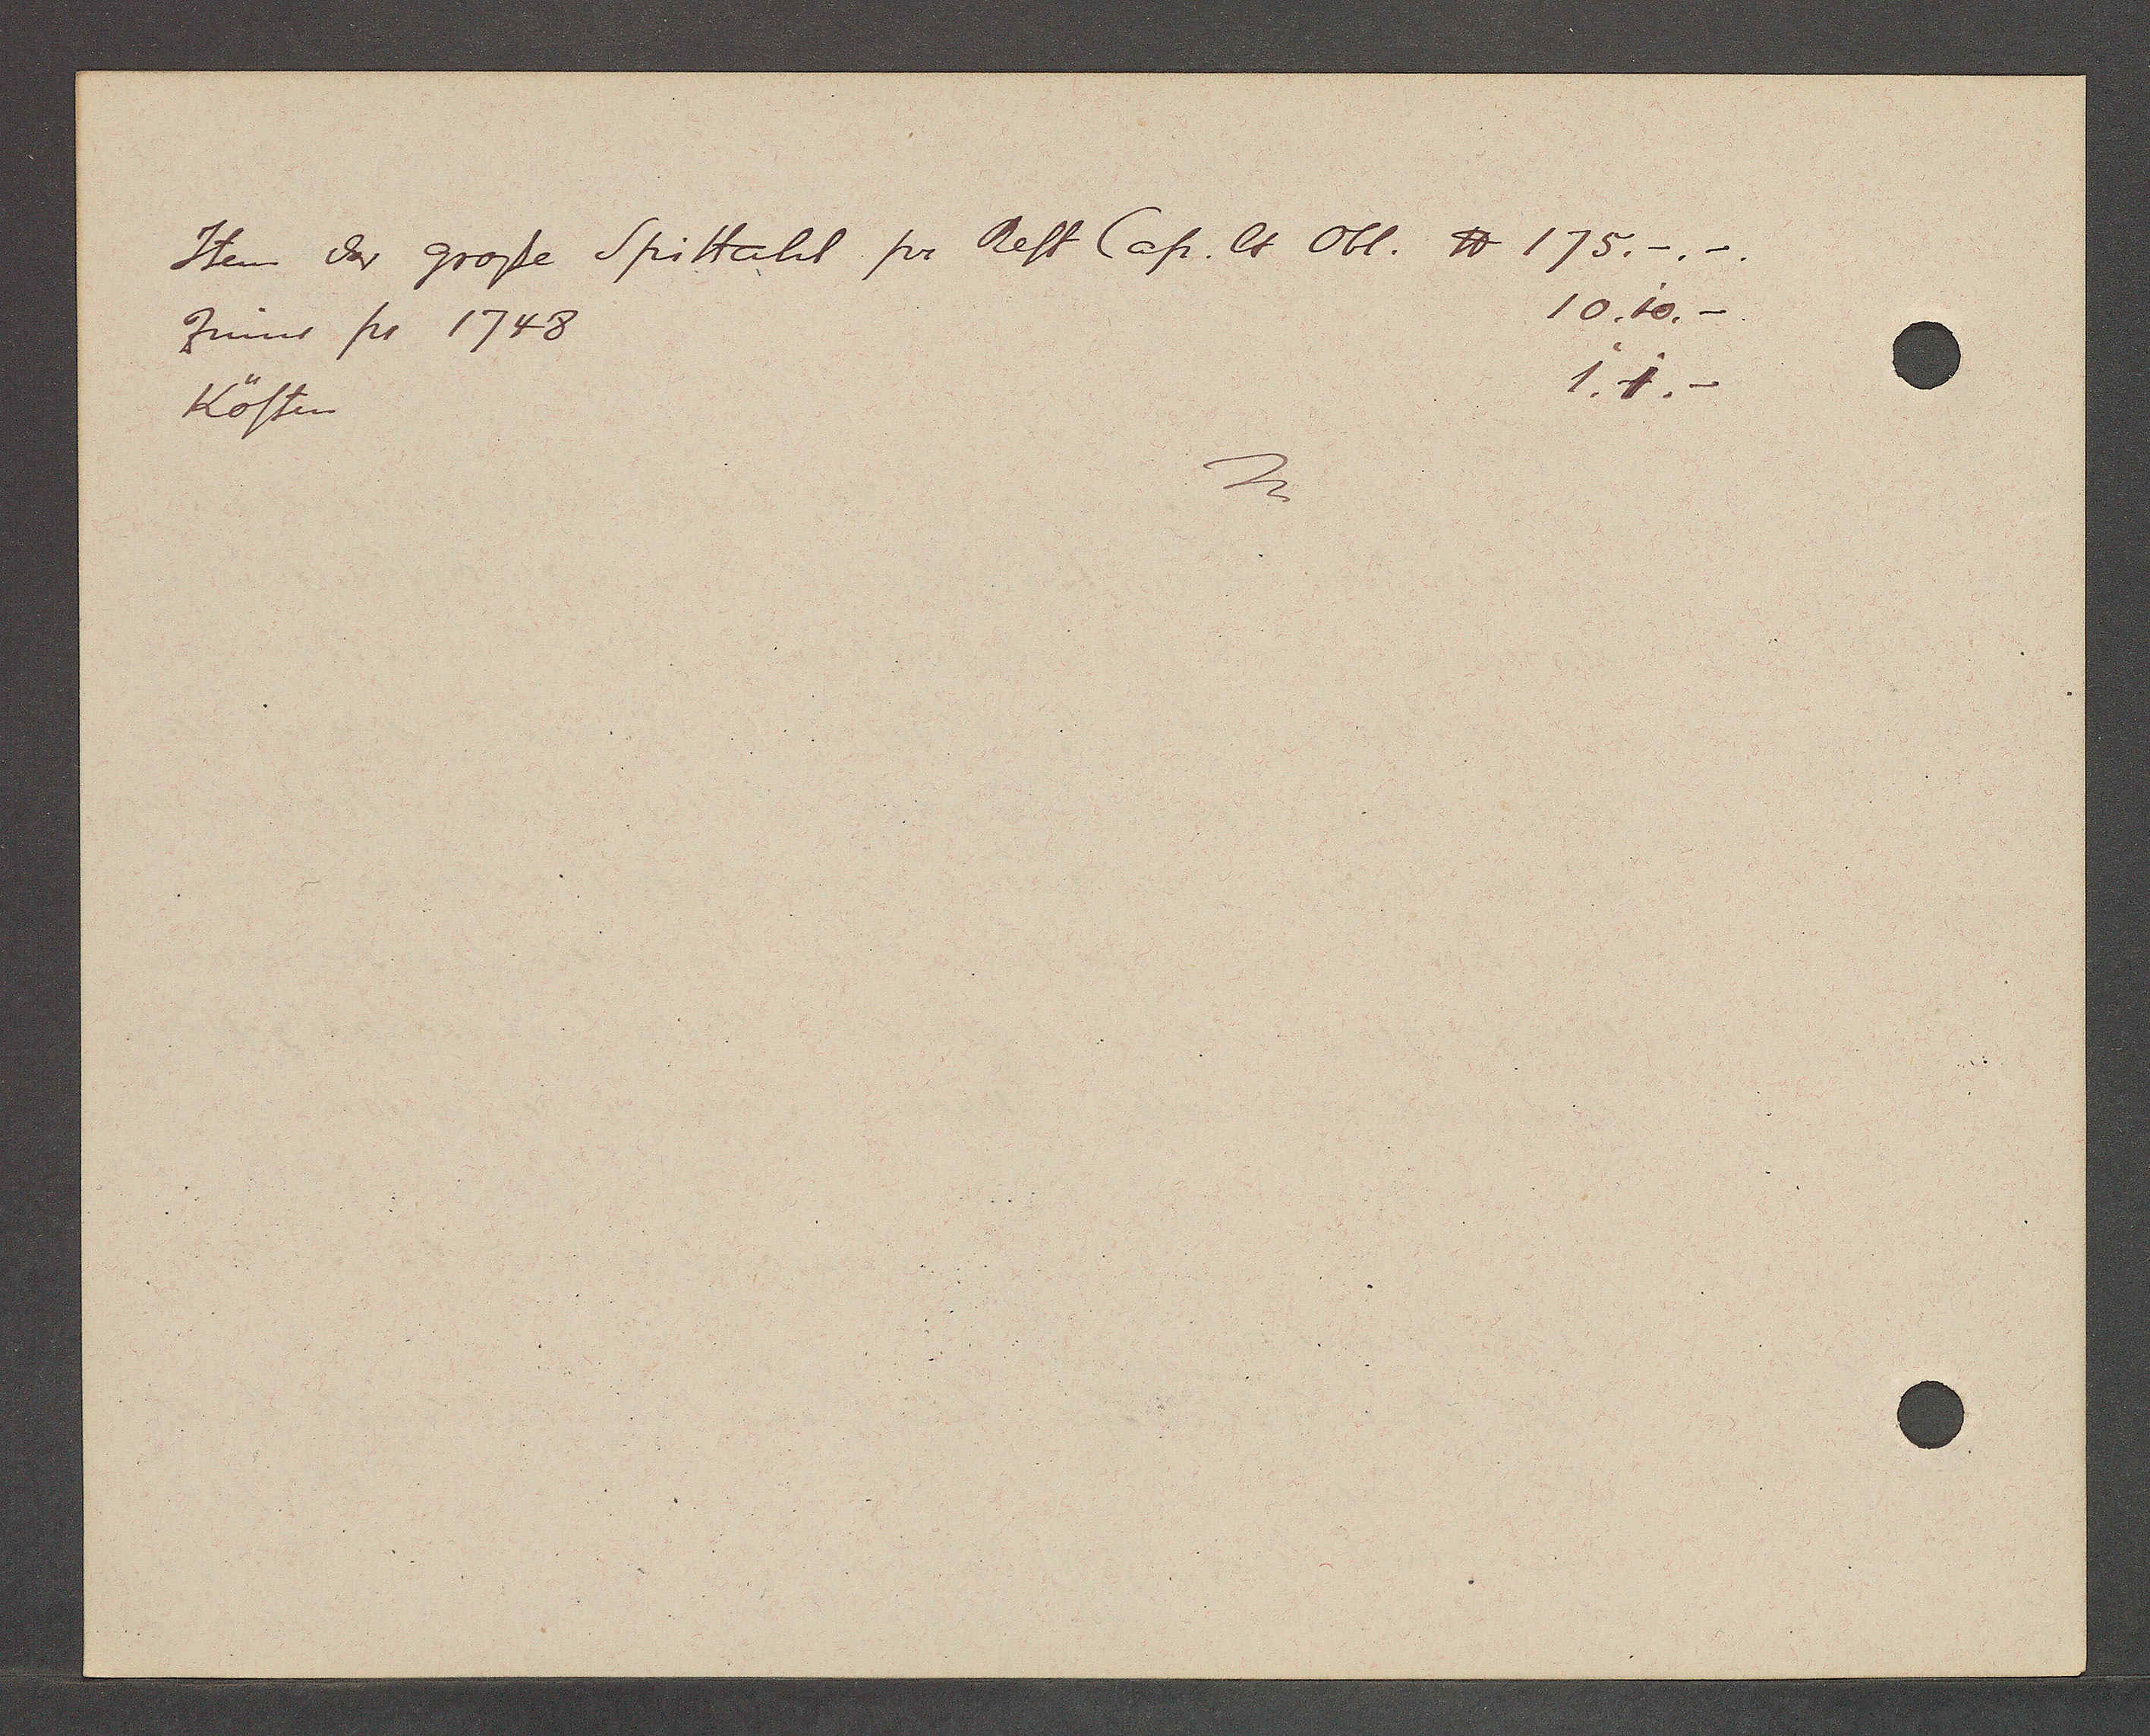
Transcript:
Item das große Spittahl pr Rest Cap. lt obl. ℔ 175.-.-.
Zinns pr 1748 10.10.-
Kösten 1.1.-